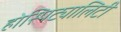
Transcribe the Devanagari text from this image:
होस्पिट्यालिटी